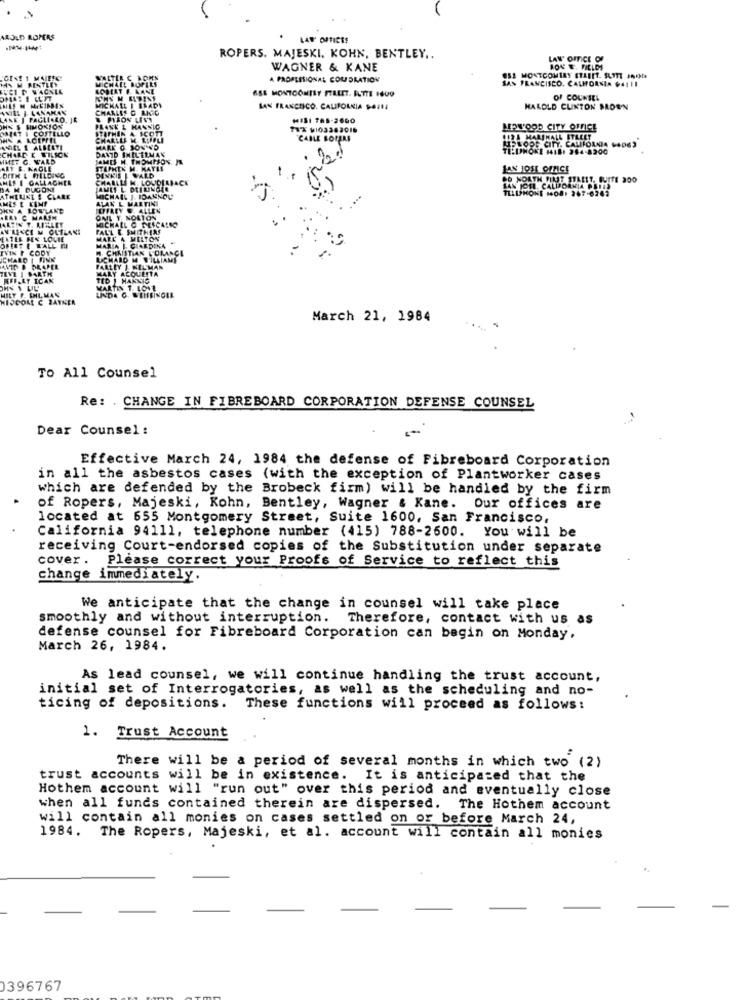
AROLD ROPERS
LAW OFFICES
ROPERS. MAJESKI, KOHN, BENTLEY ..
LAW OFFICE OF
WAGNER & KANE
ROK E. FIELDS
A PROFESSIONAL CORPORATION
OS1 MONTCOMIRY STLETT. SUMTI JĄ00
SAN FRANCISCO, CALIFORNIA 64III
6SE MONTOONISY FILLET. FLTTE 1800
OF COUNSEL
SAN FRANCISCO, CALIFORNIA SAINI
HAROLD CUNTON BROWN
MIS1 765-2600
TELLO
78X 9103362016
LEAN'OOD CITY OFFICE
"CABLE LOPERS
1124 MARINALL ITALET
LIPLOOG CITT, CALIFORNIA 14063
TELINONE (418) 284-8200
LAN JOSE OFFICE
GALLAGHER
DO NORTH MINST STLEIT, BUTTE 200
DUGONI
SAN JOSE, CALIFORNIA PALIS
TILIPHONE 1408: 267-6242
UNE : CLARK
LOVLANT
HARIM
CCI M OLTLANE
ES LOVIE
TALL H
CODY
FINK
APEL
HIVCOME C JAYNER
March 21, 1984
TO All Counsel
Re: . CHANGE IN FIBREBOARD CORPORATION DEFENSE COUNSEL
Dear Counsel :
Effective March 24, 1984 the defense of Fibreboard Corporation
in all the asbestos cases (with the exception of Plantworker cases
which are defended by the Brobeck firm) will be handled by the firm
of Ropers, Majeski, Kohn, Bentley, Wagner & Kane. Our offices are
located at 655 Montgomery Street, Suite 1600, San Francisco,
California 94111, telephone number (415) 788-2600. You will be
receiving Court-endorsed copies of the Substitution under separate
cover. Please correct your Proofs of Service to reflect this
change immediately.
We anticipate that the change in counsel will take place
smoothly and without interruption. Therefore, contact with us as
defense counsel for Fibreboard Corporation can begin on Monday,
March 26, 1984.
As lead counsel, we will continue handling the trust account,
initial set of Interrogatories, as well as the scheduling and no-
ticing of depositions. These functions will proceed as follows:
1. Trust Account
There will be a period of several months in which two (2)
trust accounts will be in existence. It is anticipated that the
Hothem account will "run out" over this period and eventually close
when all funds contained therein are dispersed. The Hothem account
will contain all monies on cases settled on or before March 24,
1984. The Ropers, Majeski, et al. account will contain all monies
0396767